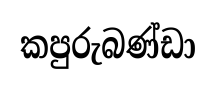
කපුරුබණ්ඩා